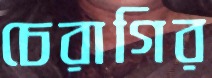
চেরাগির